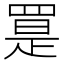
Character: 𦋨